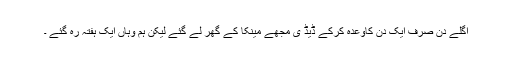
اگلے دن صرف ایک دن کاوعدہ کرکے ڈیڈ ی مجھے مینکا کے گھر لے گئے لیکن ہم وہاں ایک ہفتہ رہ گئے ۔